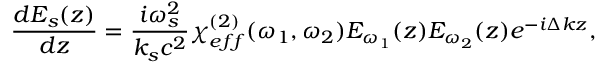
\frac { d E _ { s } ( z ) } { d z } = \frac { i \omega _ { s } ^ { 2 } } { k _ { s } c ^ { 2 } } \chi _ { e f f } ^ { ( 2 ) } ( \omega _ { 1 } , \omega _ { 2 } ) E _ { \omega _ { 1 } } ( z ) E _ { \omega _ { 2 } } ( z ) e ^ { - i \Delta k z } ,